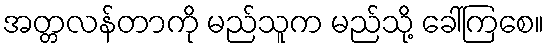
အတ္တလန်တာကို မည်သူက မည်သို့ ခေါ်ကြစေ။